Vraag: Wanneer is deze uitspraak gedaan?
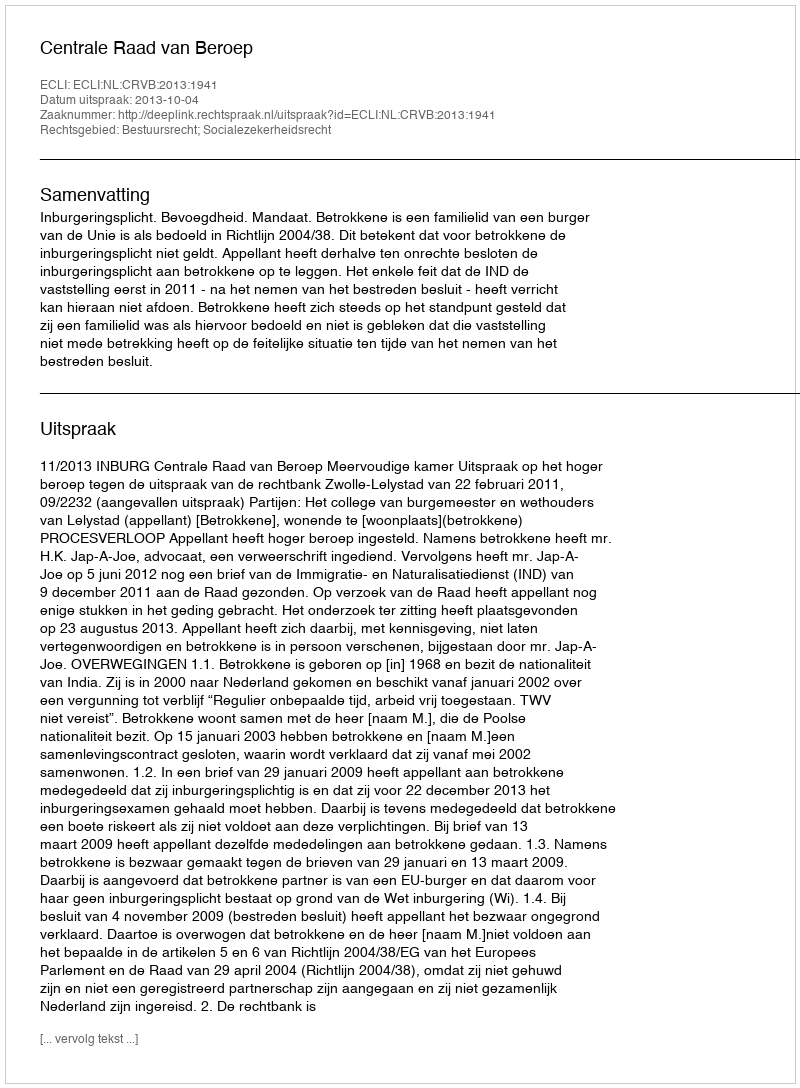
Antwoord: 2013-10-04